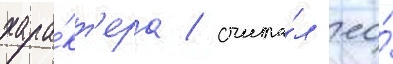
хара́кт'ера / счита́л ео́